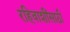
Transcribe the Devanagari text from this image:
रहिवाशींसाठी